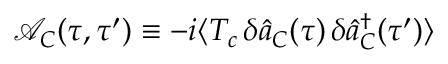
\mathcal { A } _ { C } ( \tau , \tau ^ { \prime } ) \equiv - i \langle T _ { c } \, \delta \hat { a } _ { C } ( \tau ) \, \delta \hat { a } _ { C } ^ { \dagger } ( \tau ^ { \prime } ) \rangle